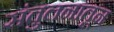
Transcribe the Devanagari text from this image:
संतुलनातून